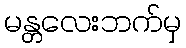
မန္တလေးဘက်မှ